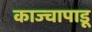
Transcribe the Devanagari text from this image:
काज्चापाडू